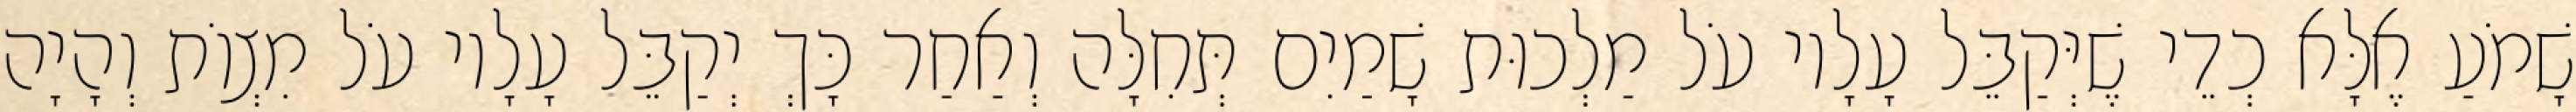
שָׁמֹעַ אֶלָּא כְדֵי שֶׁיְּקַבֵּל עָלָיו עֹל מַלְכוּת שָׁמַיִם תְּחִלָּה וְאַחַר כָּךְ יְקַבֵּל עָלָיו עֹל מִצְוֹת וְהָיָה